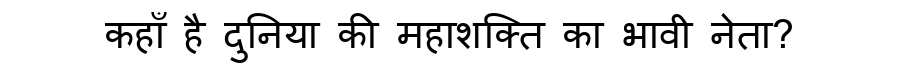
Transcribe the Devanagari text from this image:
कहाँ है दुनिया की महाशक्ति का भावी नेता?